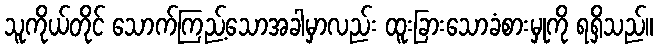
သူကိုယ်တိုင် သောက်ကြည့်သောအခါမှာလည်း ထူးခြားသောခံစားမှုကို ရရှိသည်။